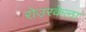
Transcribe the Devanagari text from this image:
रोउरकेला